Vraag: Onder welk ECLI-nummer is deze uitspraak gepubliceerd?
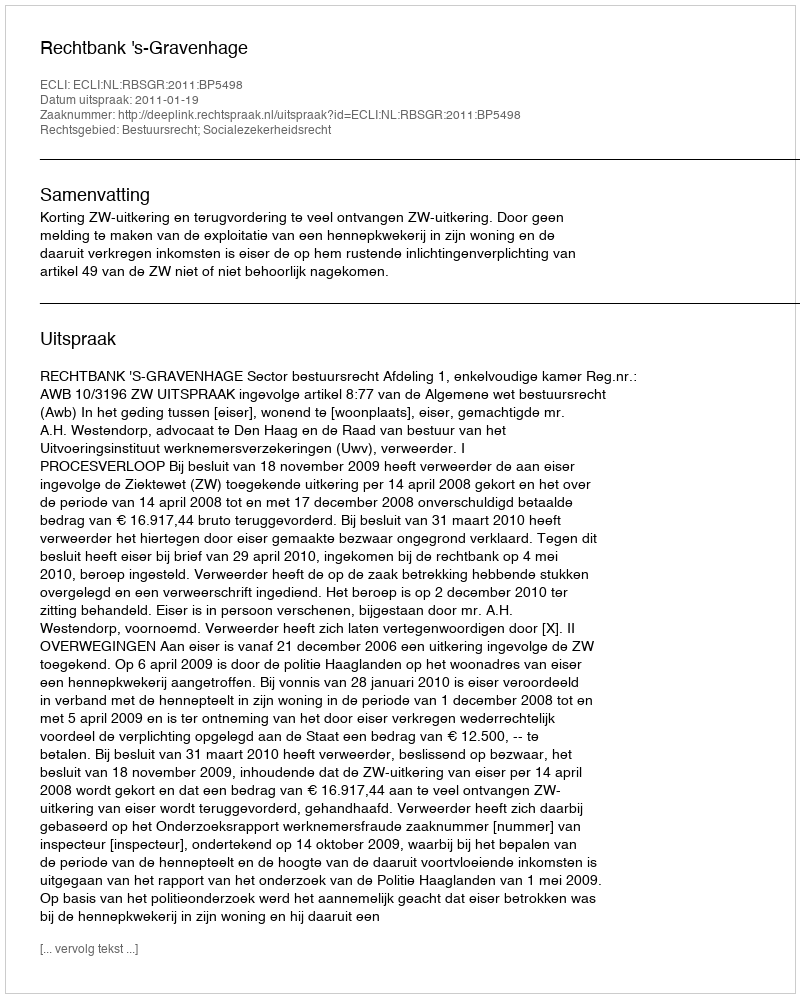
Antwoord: ECLI:NL:RBSGR:2011:BP5498